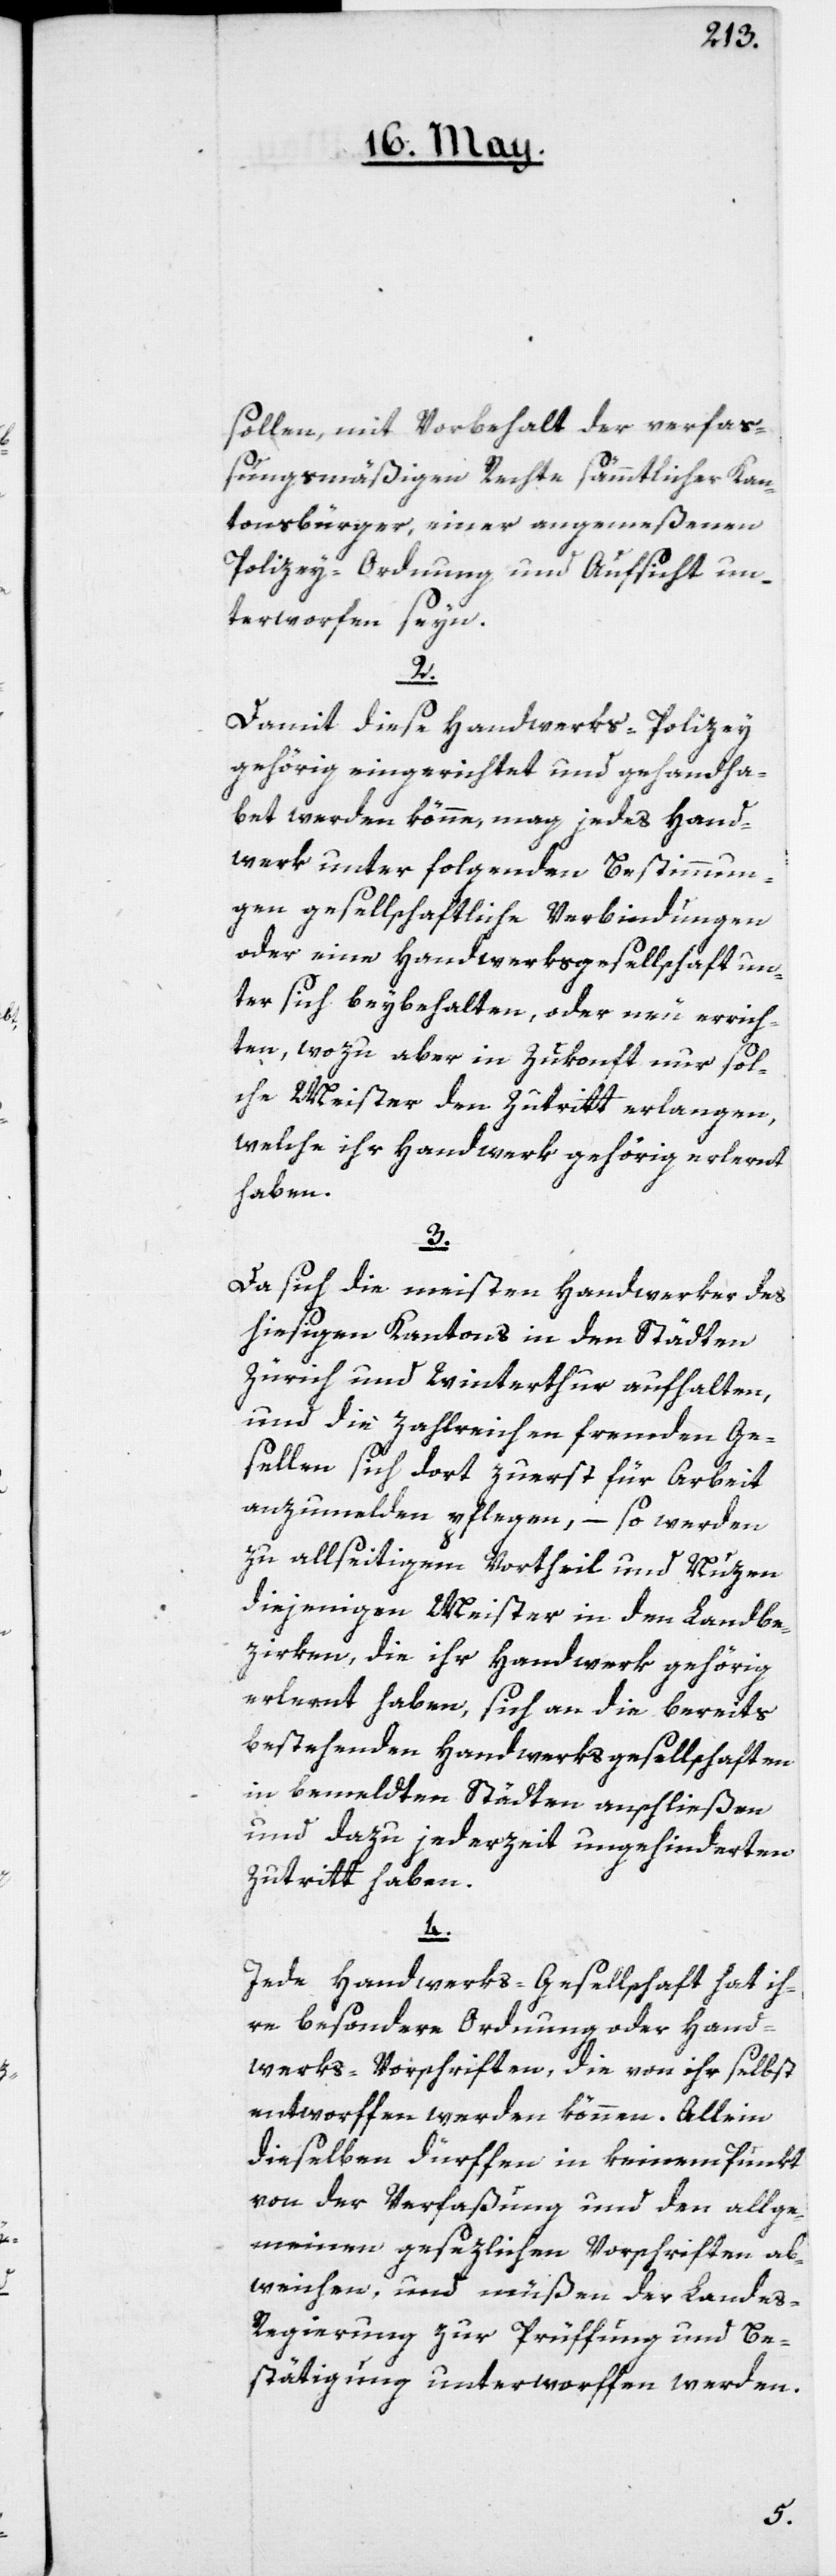
sollen mit Vorbehalt der verfa¬
ßungsmäßigen Rechte sämmtlicher Kan¬
tonsbürger, einer angemeßenen
Polizey-Ordnung und Aufsicht un¬
terworfen seyn.
2.
Damit diese Handwerks-Polizey
gehörig eingerichtet und gehandha¬
bet werden könne, mag jedes Hand¬
werk unter folgenden Bestimmun¬
gen gesellschaftliche Verbindungen
oder eine Handwerksgesellschaft un¬
ter sich beybehalten, oder neu errich¬
ten, wozu aber in Zukonft nur sol¬
che Meister den Zutritt erlangen,
welche ihr Handwerk gehörig erlernt
haben.
3.
Da sich die meisten Handwerker des
hiesigen Kantons in den Städten
Zürich und Winterthur aufhalten,
und die zahlreichen fremden Ge¬
sellen sich dort zuerst für Arbeit
anzumelden pflegen, – so werden
zu allseitigem Vortheil und Nuzen
diejenigen Meister in den Landbe¬
zirken, die ihr Handwerk gehörig
erlernt haben, sich an die bereits
bestehenden Handwerksgesellschaften
in bemeldten Städten anschließen
und dazu jederzeit ungehinderten
Zutritt haben.
4.
Jede Handwerks-Gesellschaft hat ih¬
re besondere Ordnung oder Hand¬
werks-Vorschriften, die von ihr selbst
entworffen werden können. Allein
dieselben dürffen in keinem Punkt
von der Verfaßung und den allge¬
meinen gesezlichen Vorschriften ab¬
weichen, und müßen der Landes-R¬
egierung zur Prüffung und Be¬
stättigung unterworffen werden.